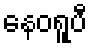
နေဝရူပီ